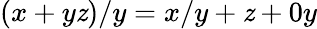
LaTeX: (x+y\mathit{z})/y=x/y+\mathit{z}+0y